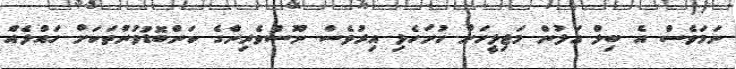
ނަމަވެސް އެ ބިލް އަލުން މަޖިލީހަށް ހުށަހެޅި އިރުވެސް ނޫސްވެރިންގެ ކަންބޮޑުވުންތަކަށް ހައްލެއް